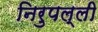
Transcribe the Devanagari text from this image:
निरुपल्ली